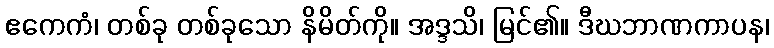
ဧကေကံ၊ တစ်ခု တစ်ခုသော နိမိတ်ကို။ အဒ္ဒသိ၊ မြင်၏။ ဒီဃဘာဏကာပန၊